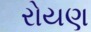
રોયણ